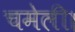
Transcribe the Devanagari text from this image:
चमेली।